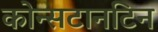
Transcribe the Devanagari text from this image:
कोन्सटानटिन